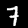
Label: 7